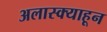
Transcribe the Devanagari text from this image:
अलास्क्याहून